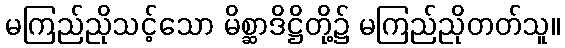
မကြည်ညိုသင့်သော မိစ္ဆာဒိဋ္ဌိတို့၌ မကြည်ညိုတတ်သူ။